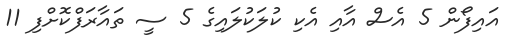
އައިފޯން 5 އެސް އާއި އެކި ކުލަކުލައިގެ 5 ސީ ތައާރަފްކޮށްފި 11